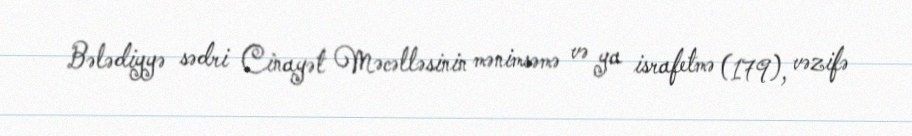
Bələdiyyə sədri Cinayət Məcəlləsinin mənimsəmə və ya israfetmə (179), vəzifə